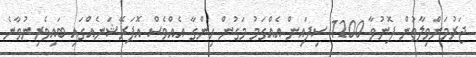
ޖަރުމަންވިލާތުން ފޮނުވާ 1200 ސިފައިން އެއްގަމު މަގުން ހިންގާ އެއްވެސް އޮޕަރޭޝަނެއްގައި ބައިވެރިނުވާނެ